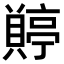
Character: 𧷭